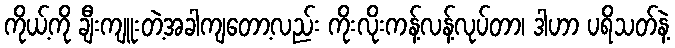
ကိုယ့်ကို ချီးကျူးတဲ့အခါကျတော့လည်း ကိုးလိုးကန့်လန့်လုပ်တာ၊ ဒါဟာ ပရိသတ်နဲ့